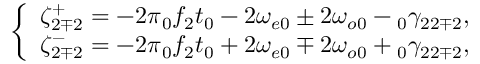
\left\{ \begin{array} { c } { \zeta _ { 2 \mp 2 } ^ { + } = - 2 \pi \phantom { } _ { 0 } f _ { 2 } t _ { 0 } - 2 \omega _ { e 0 } \pm 2 \omega _ { o 0 } - \phantom { } _ { 0 } \gamma _ { 2 2 \mp 2 } , } \\ { \zeta _ { 2 \mp 2 } ^ { - } = - 2 \pi \phantom { } _ { 0 } f _ { 2 } t _ { 0 } + 2 \omega _ { e 0 } \mp 2 \omega _ { o 0 } + \phantom { } _ { 0 } \gamma _ { 2 2 \mp 2 } , } \end{array} \right.